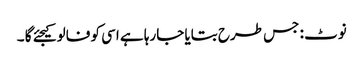
نوٹ : جس طرح بتایا جارہا ہے اسی کو فالو کیجئے گا ۔